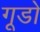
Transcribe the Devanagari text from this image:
गूडो